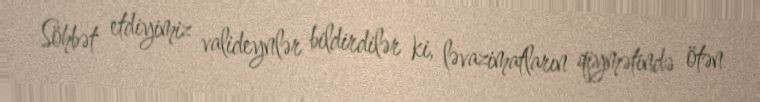
Söhbət etdiyimiz valideynlər bildirdilər ki, ləvazimatların qiymətində ötən